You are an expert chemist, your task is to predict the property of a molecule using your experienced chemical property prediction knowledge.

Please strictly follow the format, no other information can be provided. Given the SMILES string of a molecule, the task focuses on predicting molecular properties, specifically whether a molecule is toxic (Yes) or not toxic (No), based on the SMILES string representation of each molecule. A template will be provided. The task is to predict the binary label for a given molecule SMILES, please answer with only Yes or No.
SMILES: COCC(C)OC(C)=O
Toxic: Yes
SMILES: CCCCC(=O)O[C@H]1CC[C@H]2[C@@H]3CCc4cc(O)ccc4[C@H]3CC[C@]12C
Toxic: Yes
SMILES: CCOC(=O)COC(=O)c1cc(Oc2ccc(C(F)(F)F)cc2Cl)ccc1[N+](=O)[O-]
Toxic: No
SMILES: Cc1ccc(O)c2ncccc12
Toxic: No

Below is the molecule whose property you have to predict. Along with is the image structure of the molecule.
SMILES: O=C1C=CC(=O)N1c1ccccc1
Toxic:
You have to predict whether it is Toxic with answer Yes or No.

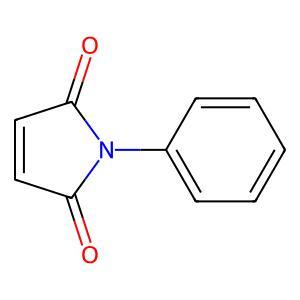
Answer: No